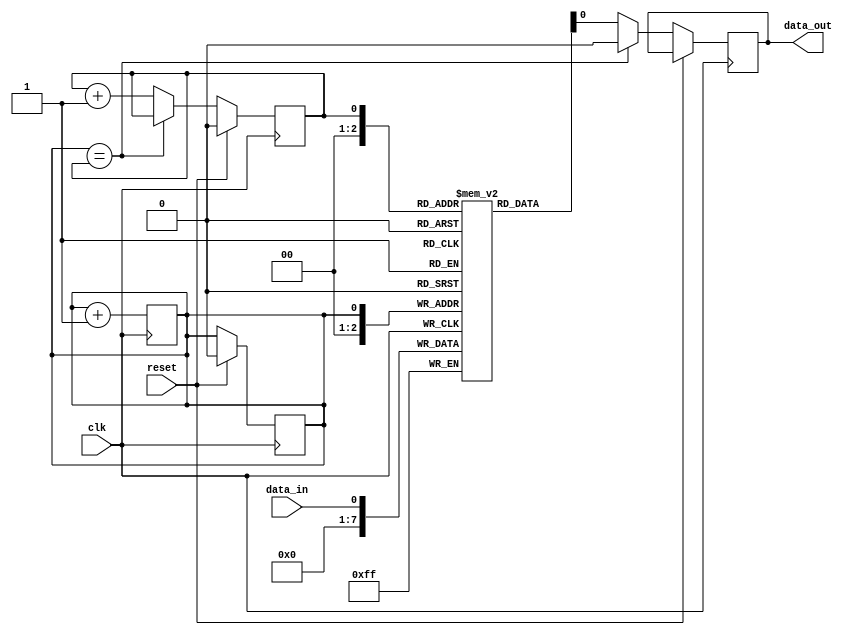
module fifo_buffer(
    input clk,
    input reset,
    input data_in,
    output reg data_out
);

reg [7:0] fifo [0:7];
reg head = 0;
reg tail = 0;

always @(posedge clk) begin
    if (reset) begin
        head <= 0;
        tail <= 0;
    end else begin
        if (head == tail) begin
            // FIFO is empty
            data_out <= 0;
        end else begin
            data_out <= fifo[tail];
            tail <= tail + 1;
            if (tail == 7)
                tail <= 0;
        end
    end
end

always @(posedge clk) begin
    if (head == 7) begin
        // FIFO is full
    end else begin
        fifo[head] <= data_in;
        head <= head + 1;
    end
end

endmodule